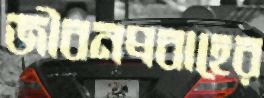
জীবনপ্রবাহের